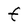
Character: F